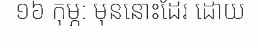
១៦ កុម្ភ: មុននោះដែរ ដោយ